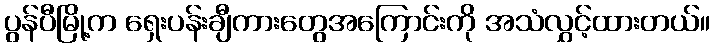
ပွန်ပီမြို့က ရှေးပန်းချီကားတွေအကြောင်းကို အသံလွှင့်ထားတယ်။